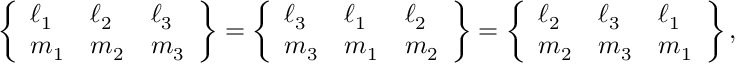
\left\{ \begin{array} { l l l } { \ell _ { 1 } } & { \ell _ { 2 } } & { \ell _ { 3 } } \\ { m _ { 1 } } & { m _ { 2 } } & { m _ { 3 } } \end{array} \right\} = \left\{ \begin{array} { l l l } { \ell _ { 3 } } & { \ell _ { 1 } } & { \ell _ { 2 } } \\ { m _ { 3 } } & { m _ { 1 } } & { m _ { 2 } } \end{array} \right\} = \left\{ \begin{array} { l l l } { \ell _ { 2 } } & { \ell _ { 3 } } & { \ell _ { 1 } } \\ { m _ { 2 } } & { m _ { 3 } } & { m _ { 1 } } \end{array} \right\} ,